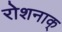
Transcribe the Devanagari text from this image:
रोशनाक्‌